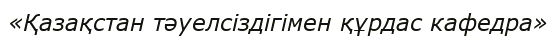
«Қазақстан тәуелсіздігімен құрдас кафедра»